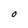
Character: O